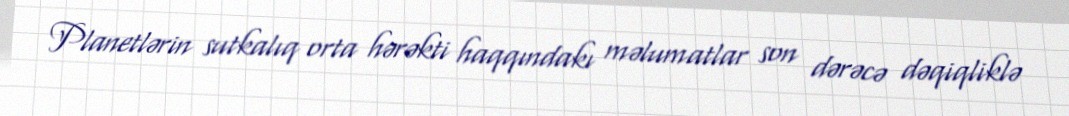
Planetlərin sutkalıq orta hərəkti haqqındakı məlumatlar son dərəcə dəqiqliklə